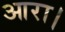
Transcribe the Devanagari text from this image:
आरा।